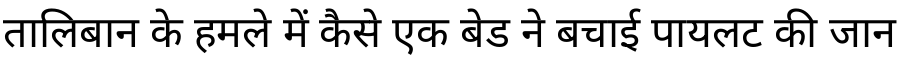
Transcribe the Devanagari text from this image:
तालिबान के हमले में कैसे एक बेड ने बचाई पायलट की जान